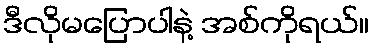
ဒီလိုမပြောပါနဲ့ အစ်ကိုရယ်။